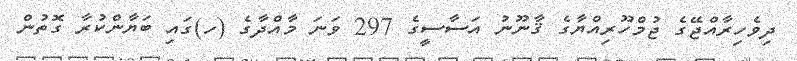
ދިވެހިރާއްޖޭގެ ޖުމްހޫރިއްޔާގެ ޤާނޫނު އަސާސީގެ 297 ވަނަ މާއްދާގެ (ހ)ގައި ބަޔާންކުރާ ގޮތުން